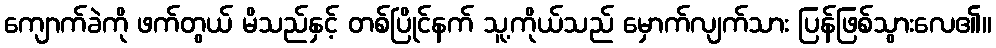
ကျောက်ခဲကို ဖက်တွယ် မိသည်နှင့် တစ်ပြိုင်နက် သူ့ကိုယ်သည် မှောက်လျက်သား ပြန်ဖြစ်သွားလေ၏။